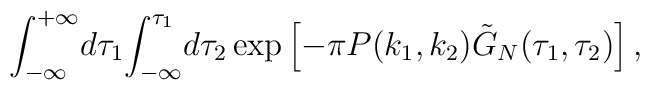
{\int_{-\infty}^{+\infty}}d{\tau_1}{\int_{-\infty}^{\tau_1}}d{\tau_2}\exp\left[-\pi P({k_1},{k_2}){\tilde{G}_N}({\tau_1},{\tau_2})\right],